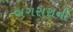
બગસરાની